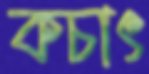
কচাৎ